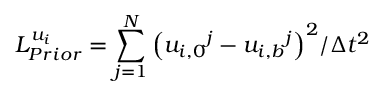
L _ { P r i o r } ^ { u _ { i } } = \sum _ { j = 1 } ^ { N } { { { \left( { { u _ { i , 0 } } ^ { j } } - { { u _ { i , b } } ^ { j } } \right) } ^ { 2 } } / \Delta { { t } ^ { 2 } } }